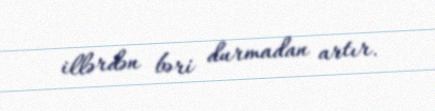
illərdən bəri durmadan artır.